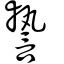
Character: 謺